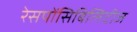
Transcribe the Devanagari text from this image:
रेसपोंसिबिलिटीज